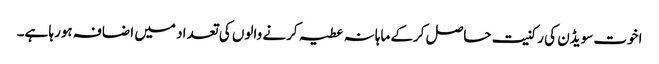
اخوت سویڈن کی رکنیت حاصل کرکے ماہانہ عطیہ کرنے والوں کی تعداد میں اضافہ ہورہا ہے۔